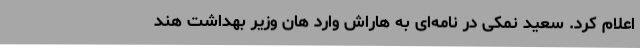
اعلام کرد. سعید نمکی در نامه‌ای به هاراش وارد هان وزیر بهداشت هند